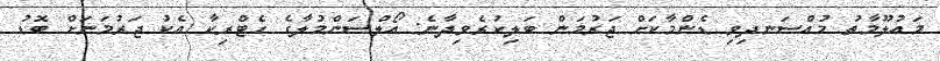
މައުލޫމާތު މުއްސަނދިވި ޑެންމާކަށް ޖަރުމަން ބަލިކުރެވިދާނެ: އޯލްސަންމުލާގެ ހެޓްރިކާ އެކު ޖަރުމަނަށް ބޮޑު